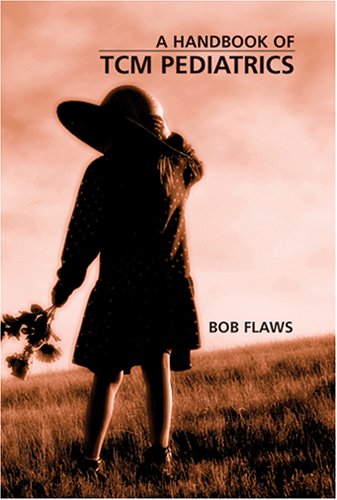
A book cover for A Handbook of Tcm Pediatrics: A Practitioner's Guide to the Care & Treatment of Common Childhood Diseases; Bob Flaws; Health, Fitness & Dieting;